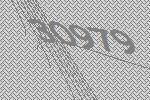
30979